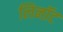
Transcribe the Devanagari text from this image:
लिनॉट